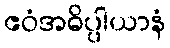
ဧဝံအဓိပ္ပါယာနံ